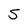
Character: 5